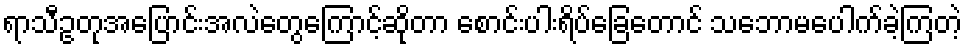
ရာသီဥတုအပြောင်းအလဲတွေကြောင့်ဆိုတာ စောင်းပါးရိပ်ခြေတောင် သဘောမပေါက်ခဲ့ကြတဲ့